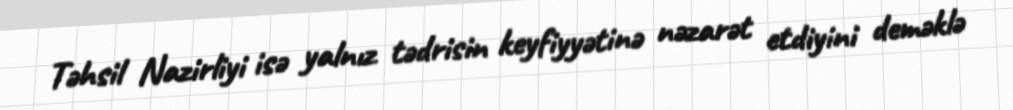
Təhsil Nazirliyi isə yalnız tədrisin keyfiyyətinə nəzarət etdiyini deməklə